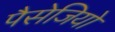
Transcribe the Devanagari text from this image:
पैसेजियो